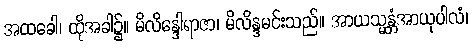
အထခေါ၊ ထိုအခါ၌။ မိလိန္ဒေါရာဇာ၊ မိလိန္ဒမင်းသည်။ အာယသ္မန္တံအာယုပါလံ၊